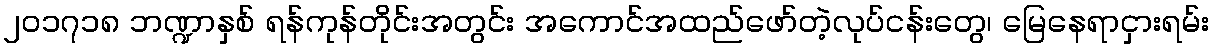
၂၀၁၇၁၈ ဘဏ္ဍာနှစ် ရန်ကုန်တိုင်းအတွင်း အကောင်အထည်ဖော်တဲ့လုပ်ငန်းတွေ၊ မြေနေရာငှားရမ်း